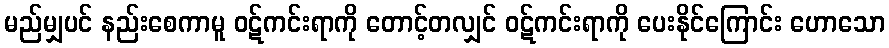
မည်မျှပင် နည်းစေကာမူ ဝဋ်ကင်းရာကို တောင့်တလျှင် ဝဋ်ကင်းရာကို ပေးနိုင်ကြောင်း ဟောသော